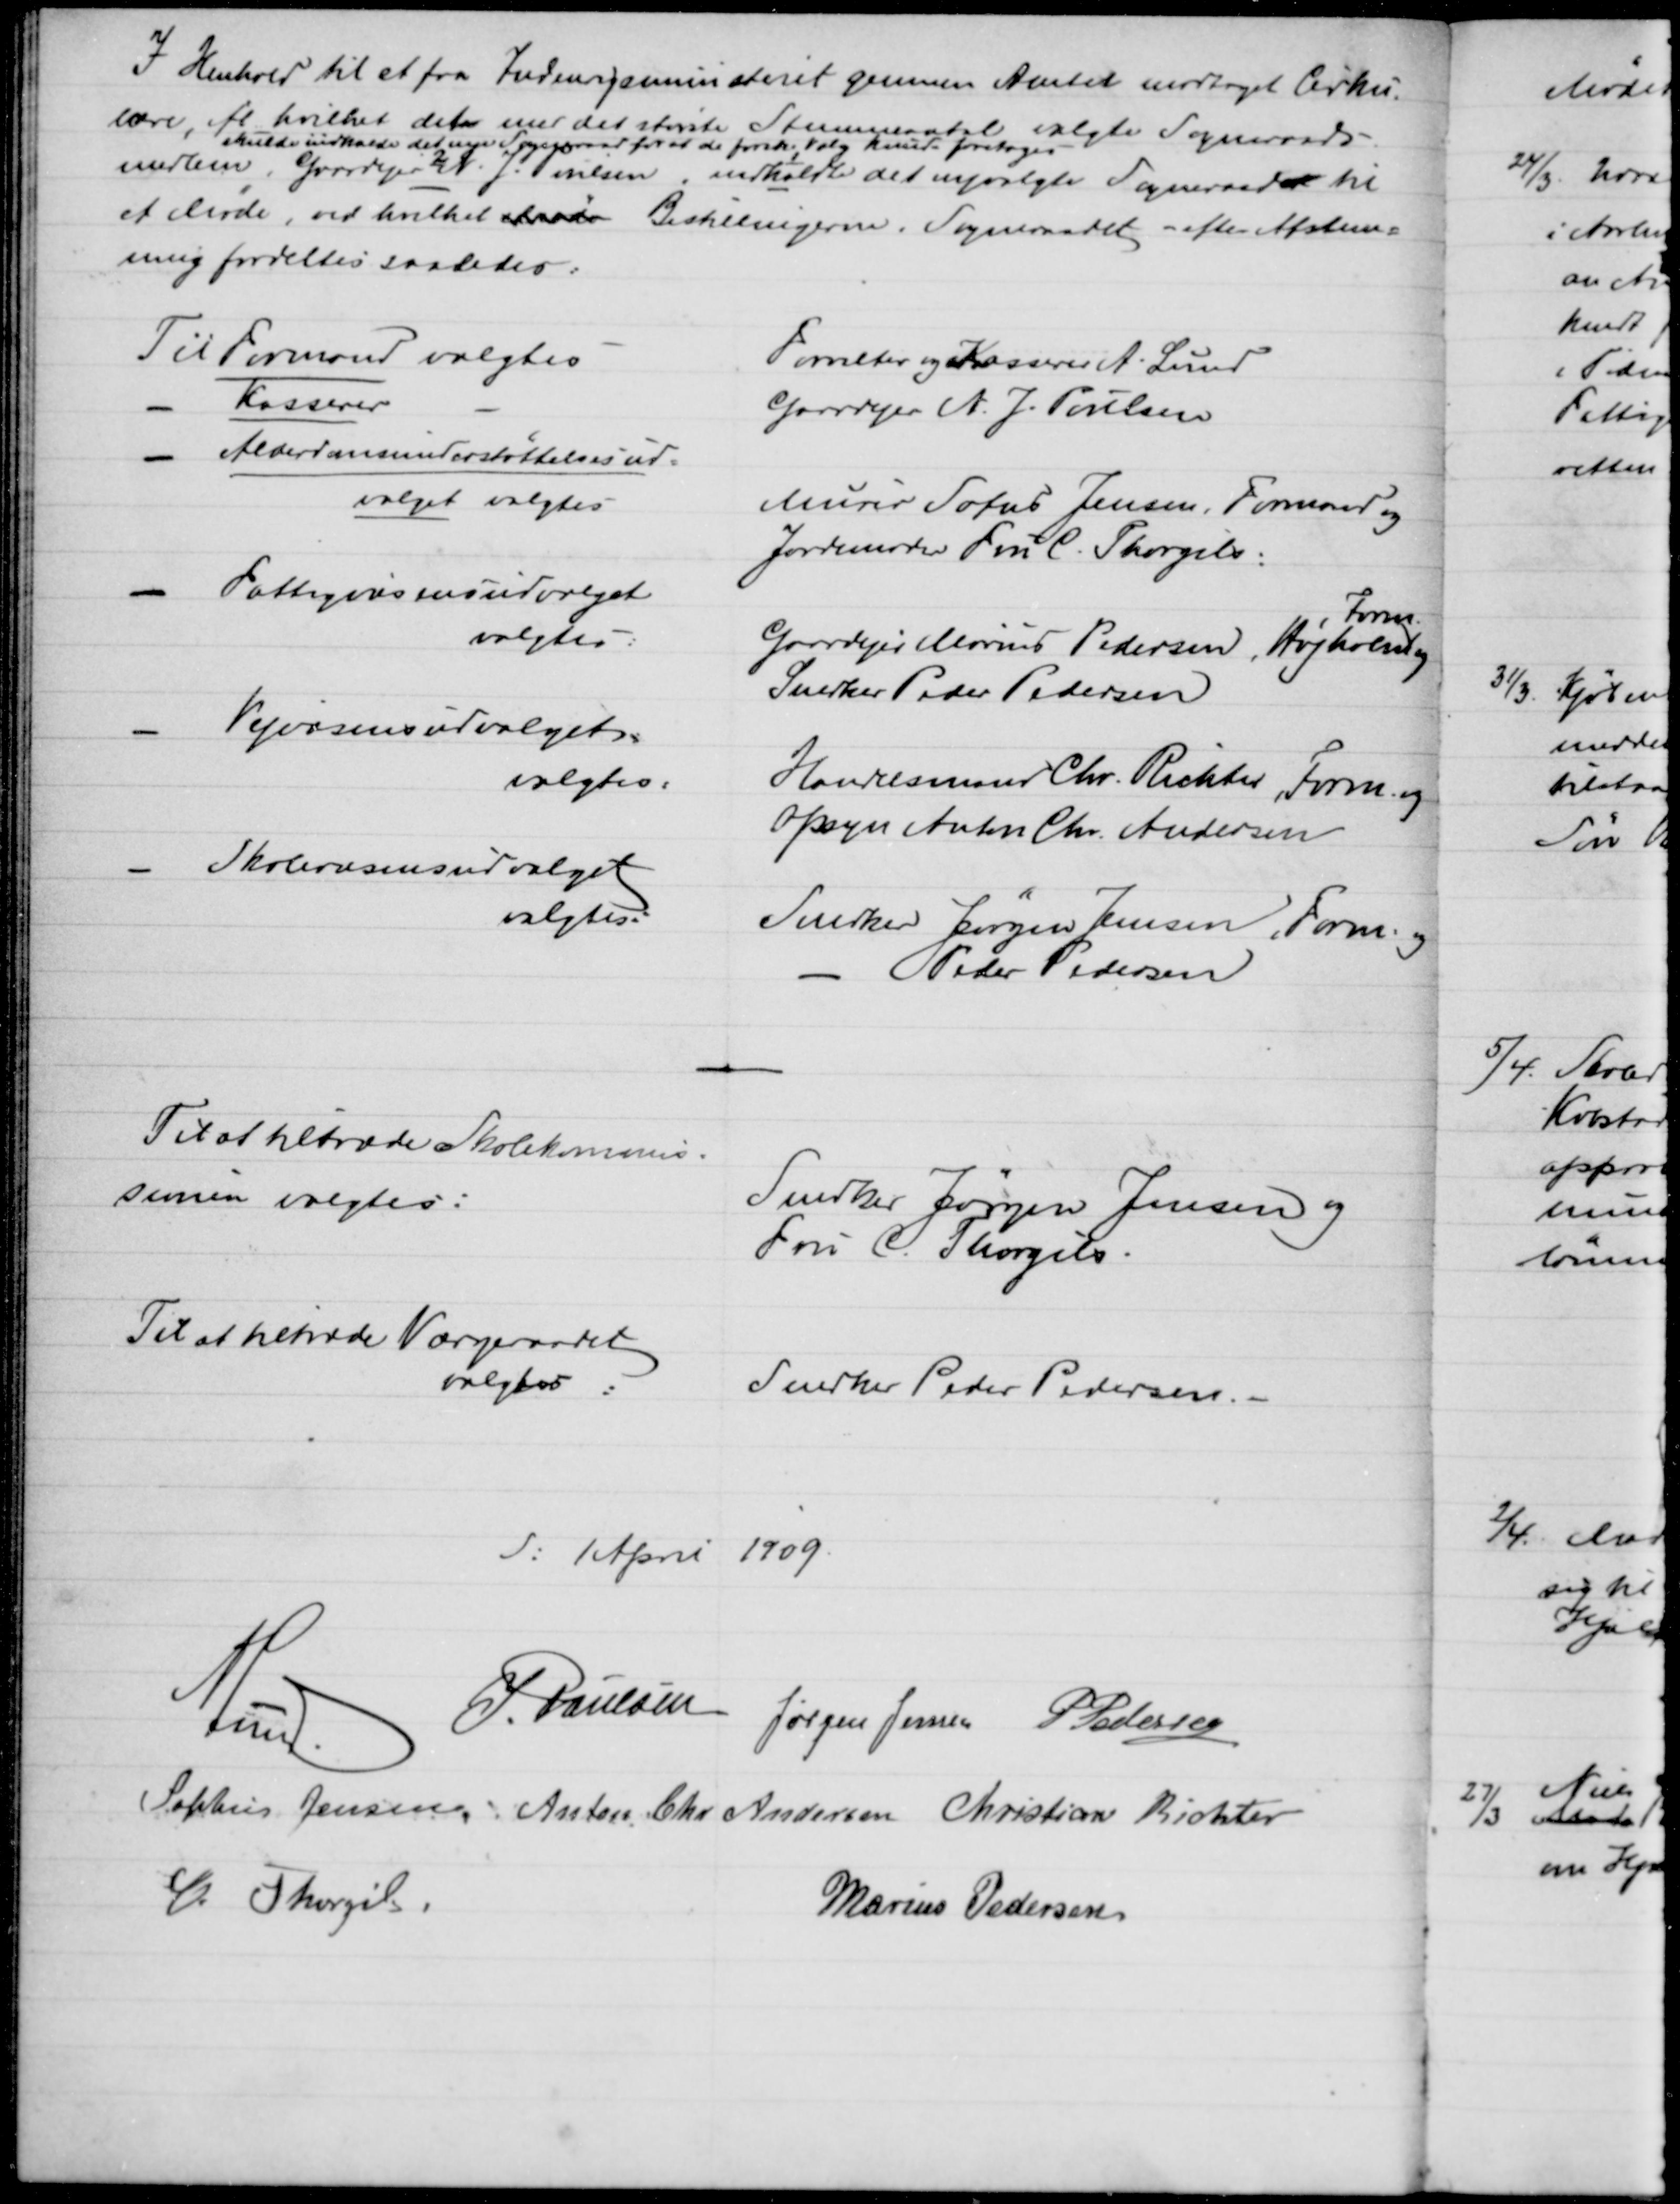
Transskription:
I Henhold til et fra Indenrigsministeret gennem Amtet modtaget Cirku-
lære, ifl hvilket det med det største Stemmerantal valgte Sogneraads-
medlem
skulde indkalde det nye Sogneraad for at de forsk. Valg kunde foretages
1
indkaldte 
2
Gaardejer N. J. Poulsen,
det nyvalgte Sogneraadet til
et Møde, ved hvilket Møde Bestillingerne i Sogneraadet - efter Afstem=
ning fordeltes saaledes:
Til Formand valgtes
Forvalter og Kasserer A. Lund
Kasserer
Gaardejer N. J. Poulsen
Alderdomsunderstøttelsesud=
valget valgtes
Murer Sofus Jensen, Formand og
Jordemoder Fru C. Thorgils:
Fattigvæsensudvalget
valgtes:
Gaardejer Marius Pedersen, Høgholm 
Form.
og
Snedker Peder Pedersen
Vejvæsensudvalget
valgtes:
Handelsmand Chr. Richter, Form. og
Opsyn Anton Chr. Andersen
Skolevæsensudvalget
valgtes:
Snedker Jørgen Jensen, Form. og
Peder Pedersen
Til at tiltræde Skolekommis=
sionen valgtes:
Snedker Jørgen Jensen og
Fru C. Thorgils.
Til at tiltræde Værgeraadet
valgtes:
Snedker Peder Pedersen.
d: 1 April 1909.
A. Lund
J. Poulsen Jørgen Jensen P Pedersen
Sophus Jensen. Anton Chr Andersen Christian Richter
C. Thorgils.
Marius Pedersen